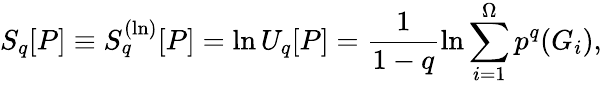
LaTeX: S_{q}[P]\equiv S_{q}^{(\ln)}[P]=\ln U_{q}[P]=\frac{1}{1-q}\ln\sum_{i=1}^{\Omega}p^{q}(G_{i}),